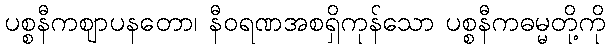
ပစ္စနီကဈာပနတော၊ နီဝရဏအစရှိကုန်သော ပစ္စနီကဓမ္မတို့ကို